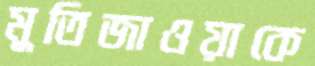
মুতিজাওয়াকে